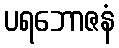
ပရဘောဇနံ